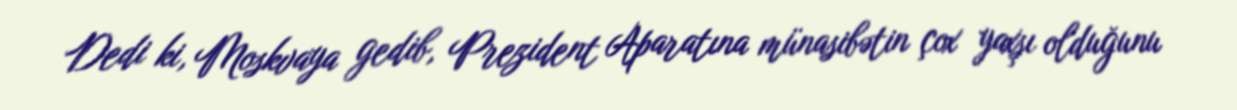
Dedi ki, Moskvaya gedib, Prezident Aparatına münasibətin çox yaxşı olduğunu